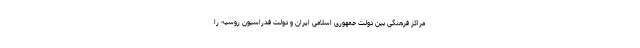
مراکز فرهنگی بین دولت جمهوری اسلامی ایران و دولت فدراسیون روسیه را